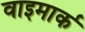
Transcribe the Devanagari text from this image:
वाइमार्क